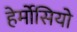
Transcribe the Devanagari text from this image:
हेर्मोसियो